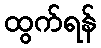
ထွက်ရန်